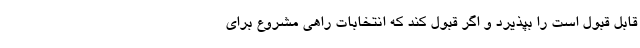
قابل قبول است را بپذیرد و اگر قبول کند که انتخابات راهی مشروع برای